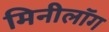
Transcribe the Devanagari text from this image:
मिनीलॉग